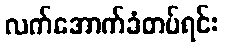
လက်အောက်ခံတပ်ရင်း